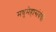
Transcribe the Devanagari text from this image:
मधुमेहासंबंधी